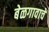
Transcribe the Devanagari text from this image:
बेळगावाचे